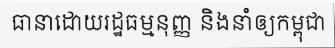
ធានាដោយរដ្ឋធម្មនុញ្ញ និងនាំឲ្យកម្ពុជា